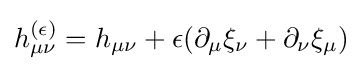
h_{\mu \nu }^{(\epsilon )}=h_{\mu \nu }+\epsilon (\partial _{\mu }\xi _{\nu }+\partial _{\nu }\xi _{\mu })